Annual administration and progress report of the Indian Medical Department, Bombay
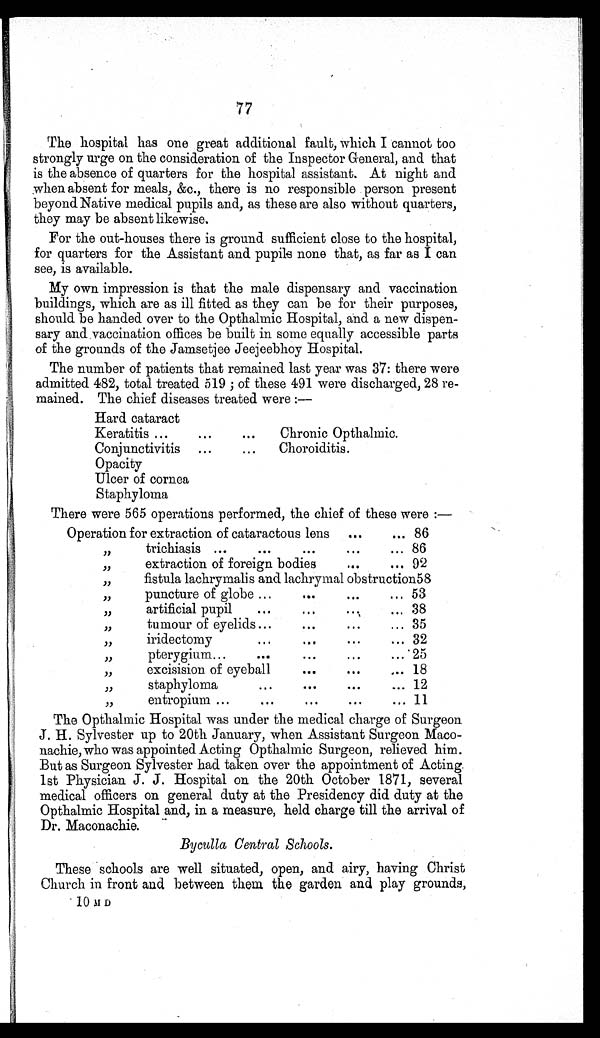
77
The hospital has one great additional fault, which I cannot too
strongly urge on the consideration of the Inspector General, and that
is the absence of quarters for the hospital assistant. At night and
when absent for meals, &c., there is no responsible person present
beyond Native medical pupils and, as these are also without quarters,
they may be absent likewise.
For the out-houses there is ground sufficient close to the hospital,
for quarters for the Assistant and pupils none that, as far as I can
see, is available.
My own impression is that the male dispensary and vaccination
buildings, which are as ill fitted as they can be for their purposes,
should be handed over to the Opthalmic Hospital, and a new dispen-
sary and vaccination offices be built in some equally accessible parts
of the grounds of the Jamsetjee Jeejeebhoy Hospital.
The number of patients that remained last year was 37: there were
admitted 482, total treated 519 ; of these 491 were discharged, 28 re-
mained. The chief diseases treated were :—
Hard cataract
Keratitis ...
. . .
...
Chronic Opthalmic.
Conjunctivitis ...
... Choroiditis.
Opacity
Ulcer of cornea
Staphyloma
There were 565 operations performed, the chief of these were :—
Operation for extraction of cataractous lens ...
... 86
,, trichiasis ... ... ...
...
... 86
,, extraction of foreign bodies
. . .
. . . 92
,,
fistula lachrymalis and lachrymal obstruction 5 8
,, puncture of globe ... ...
. . .
...
artificial pupil
...
...
. . .
... 38
,, tumour of eyelids ... ...
. . .
... 35
,, iridectomy ... ...
. . .
... 32
,,
pterygium...
...
. . .
. . .
. . . 2 5
,,
excisision of eyeball
...
. . .
... 18
,,
s t a p h y l o m a
. . .
. . .
...
... 12
,,
entropium ...
...
. . .
...
. . . 11
The Opthahnic Hospital was under the medical charge of Surgeon
J. H. Sylvester up to 20th January, when Assistant Surgeon Maco-
nachie, who was appointed Acting Opthalmic Surgeon, relieved him.
But as Surgeon Sylvester had taken over the appointment of Acting
1st Physician J. J. Hospital on the 20th October 1871, several
medical officers on general duty at the Presidency did duty at the
Opthalmic Hospital and, in a measure, held charge till the arrival of
Dr. Maconachie.
Byculla Central Schools.
These schools are well situated, open, and airy, having Christ
Church in front and between them the garden and play grounds,
10 M D